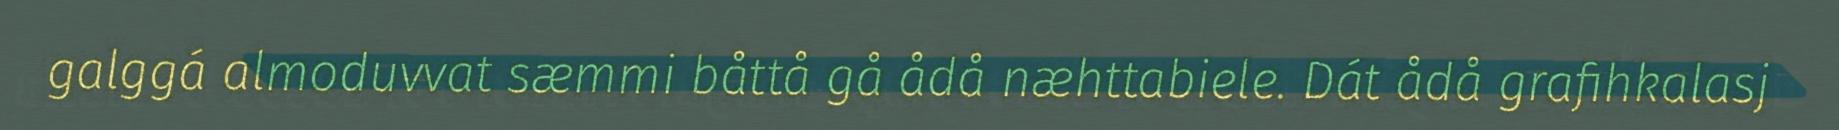
galggá almoduvvat sæmmi båttå gå ådå næhttabiele. Dát ådå grafihkalasj